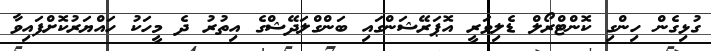
ގުޅިގެން ހިންގި ކޮންޓްރޯލް ޑެލިވަރީ އޮޕަރޭޝަންގައި ބަންގްލަދޭޝްގެ އިތުރު ދެ މީހަކު ހައްޔަރުކޮށްފައިވާ